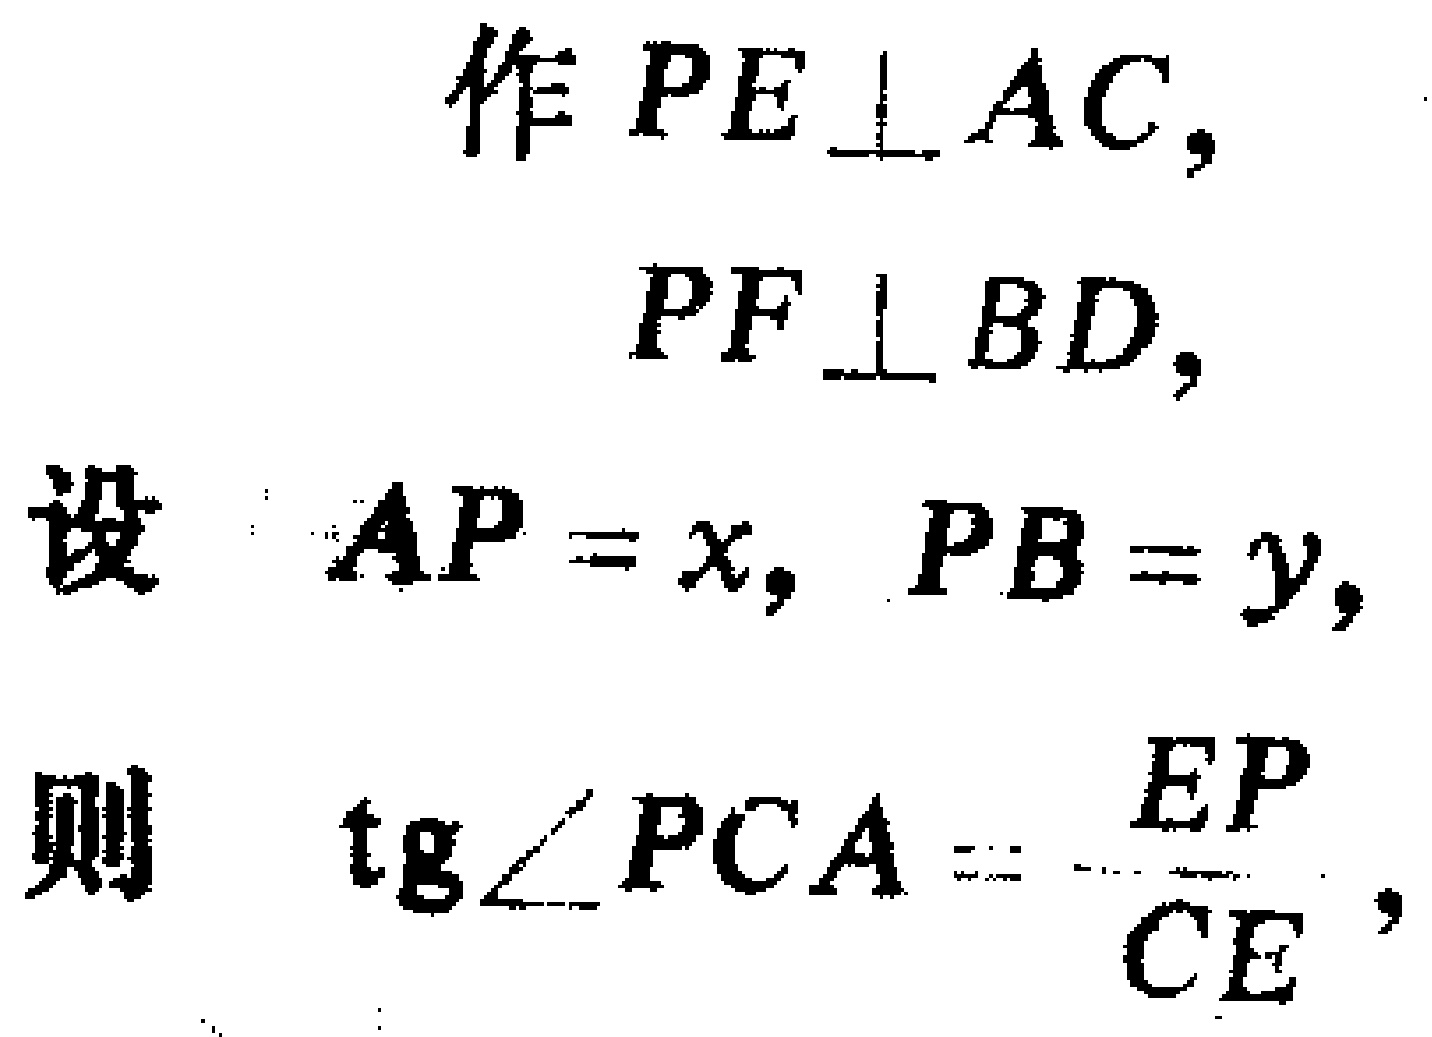
作 \(PE\perp AC\)，
\(PF\perp BD\)，
设 \(AP = x\)，\(PB = y\)，
则 \(\text{tg}\angle PCA=\frac{EP}{CE}\)，